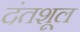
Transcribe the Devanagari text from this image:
दंतशूल